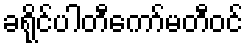
ခရိုင်ပါတီကော်မတီဝင်